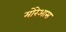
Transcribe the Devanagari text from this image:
मोरेआस